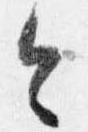
令